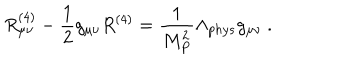
R _ { \mu \nu } ^ { ( 4 ) } - \frac { 1 } { 2 } g _ { \mu \nu } R ^ { ( 4 ) } = \frac { 1 } { M _ { P } ^ { 2 } } \Lambda _ { p h y s } g _ { \mu \nu } ~ .